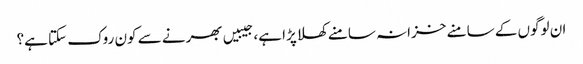
ان لوگوں کے سامنے خزانہ سامنے کھلا پڑا ہے، جیبیں بھرنے سے کون روک سکتا ہے؟